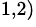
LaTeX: ^{1,2)}